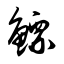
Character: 鳔